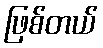
ဖြစ်တယ်